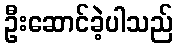
ဦးဆောင်ခဲ့ပါသည်